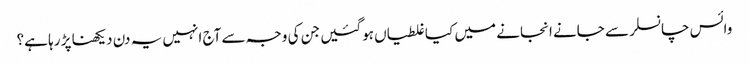
وائس چانسلر سے جانے انجانے میں کیا غلطیاں ہوگئیں جن کی وجہ سے آج انہیں یہ دن دیکھنا پڑ رہا ہے؟